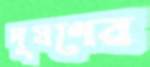
দূষণের